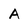
Character: A